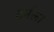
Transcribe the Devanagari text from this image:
टर्मला